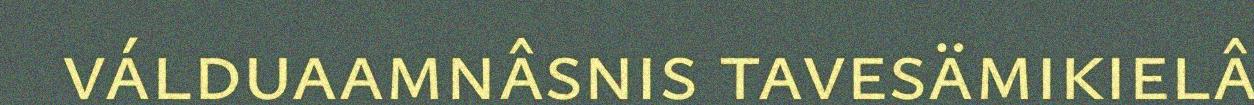
válduaamnâsnis tavesämikielâ